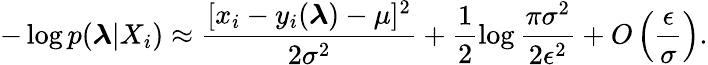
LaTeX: -\log p(\boldsymbol{\lambda}|X_{i})\approx\frac{[x_{i}-y_{i}(\boldsymbol{\lambda})-\mu]^{2}}{2\sigma^{2}}+\frac{1}{2}\log\frac{\pi\sigma^{2}}{2\epsilon^{2}}+O\left(\frac{\epsilon}{\sigma}\right).